Scottish Leaving Certificate Examination, 1958
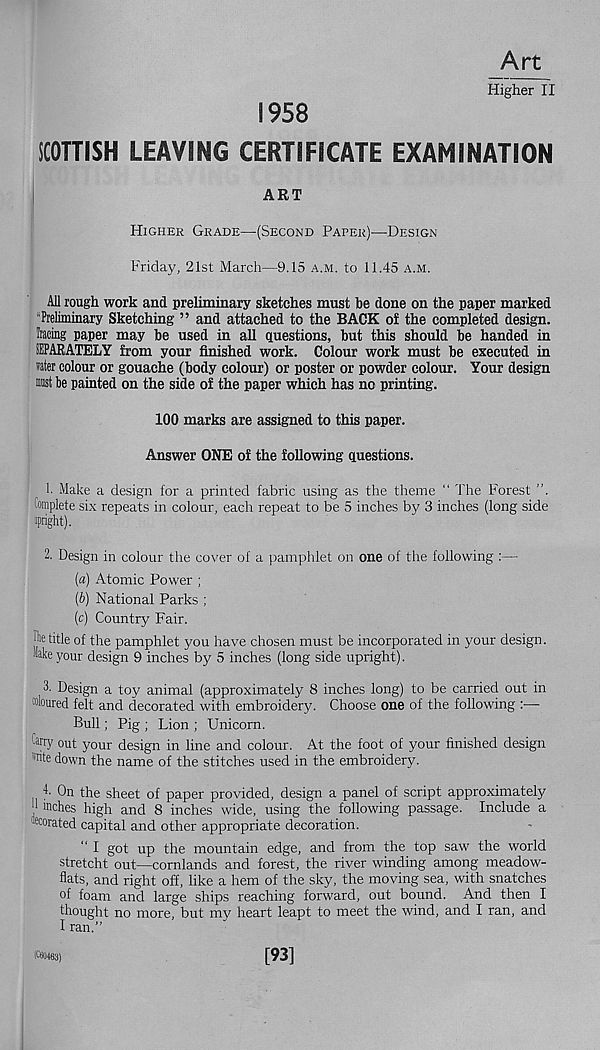
Art
Higher II
1958
SCOTTISH LEAVING CERTIFICATE EXAMINATION
ART
Higher Grade—(Second Paper)—Design
Friday, 21st March—9.15 a.m. to 11.45 a.m.
All rough work and preliminary sketches must be clone on the paper marked
Preliminary Sketching ” and attached to the BACK of the completed design,
being paper may be used in all questions, but this should be handed in
SEPARATELY from your finished work. Colour work must be executed in
rater colour or gouache (body colour) or poster or powder colour. Your design
must be painted on the side of the paper which has no printing.
100 marks are assigned to this paper.
Answer ONE of the following questions.
1. Make a design for a printed fabric using as the theme “ The Forest ”.
Complete six repeats in colour, each repeat to be 5 inches by 3 inches (long side
upright).
2. Design in colour the cover of a pamphlet on one of the following :—
(a) Atomic Power ;
(b) National Parks ;
(c) Country Fair.
jhe title of the pamphlet you have chosen must be incorporated in your design,
.' lake your design 9 inches by 5 inches (long side upright).
3. Design a toy animal (approximately 8 inches long) to be carried out in
coloured felt and decorated with embroidery. Choose one of the following :—
Bull; Pig ; Lion ; Unicorn.
Ca fry out your design in line and colour. At the foot of your finished design
"rite down the name of the stitches used in the embroidery.
4 - On the sheet of paper provided, design a panel of script approximately
1 “dies high and 8 inches wide, using the following passage. Include a
ec orated capital and other appropriate decoration.
" I got up the mountain edge, and from the top saw the world
stretcht out—cornlands and forest, the river winding among meadow-
flats, and right off, like a hem of the sky, the moving sea, with snatches
of foam and large ships reaching forward, out bound. And then I
thought no more, but my heart leapt to meet the wind, and I ran, and
I ran.”
[93]